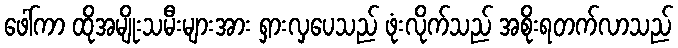
ဖေါ်ကာ ထိုအမျိုးသမီးများအား ရှားလှပေသည် ဖုံးလိုက်သည် အစိုးရတက်လာသည်